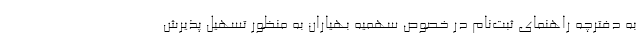
به دفترچه راهنمای ثبت‌نام در خصوص سهمیه بهیاران به منظور تسهیل پذیرش